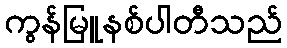
ကွန်မြူနစ်ပါတီသည်